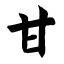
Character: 甘